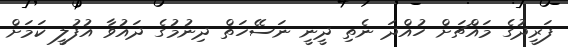
ފަރީދުގެ މައްޗަށް ހުއްދަ ނެތި ދީނީ ނަސޭހަތް ދިނުމުގެ ދައުވާ އުފުލީ ކަމަށް